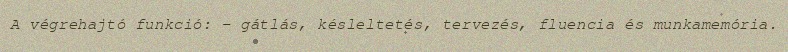
A végrehajtó funkció: - gátlás, késleltetés, tervezés, fluencia és munkamemória.